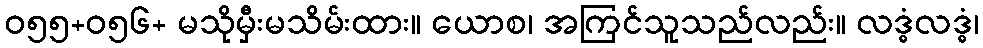
ဝ၅၅+၀၅၆+ မသိုမှီးမသိမ်းထား။ ယောစ၊ အကြင်သူသည်လည်း။ လဒ္ဓံလဒ္ဓံ၊